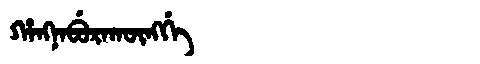
Manchu: ᡥᠠᠩᠨᠠᠪᡠᡵᠠᡴᡡᠩᡤᡝ
Romanization: HANGNABURAKŪNGGE